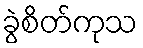
ခွဲစိတ်ကုသ